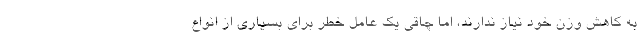
به کاهش وزن خود نیاز ندارند، اما چاقی یک عامل خطر برای بسیاری از انواع